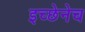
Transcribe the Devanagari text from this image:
इच्छेनेच